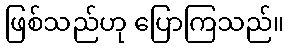
ဖြစ်သည်ဟု ပြောကြသည်။